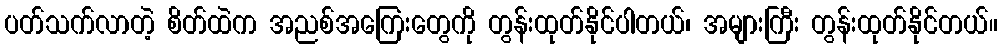
ပတ်သက်လာတဲ့ စိတ်ထဲက အညစ်အကြေးတွေကို တွန်းထုတ်နိုင်ပါတယ်၊ အများကြီး တွန်းထုတ်နိုင်တယ်။